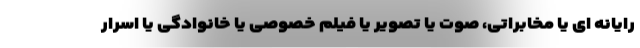
رایانه ای یا مخابراتی، صوت یا تصویر یا فیلم خصوصی یا خانوادگی یا اسرار